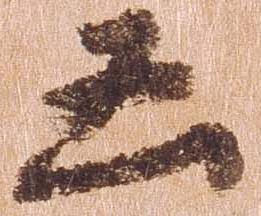
凶